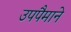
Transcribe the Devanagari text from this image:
उपपैमाने